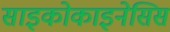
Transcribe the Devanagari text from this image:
साइकोकाइनेसिस